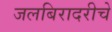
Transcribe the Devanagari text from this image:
जलबिरादरीचे